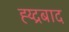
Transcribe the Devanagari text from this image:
ह्य्द्रबाद